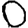
Digit: 0